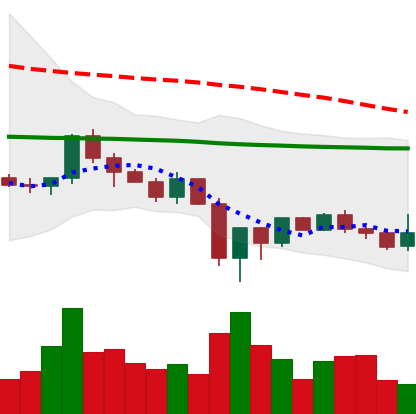
Ticker: LINK-USD
Chart end date: 2019-12-26
Forward return: -4.959%
Label: down_3_5